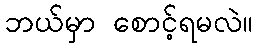
ဘယ်မှာ စောင့်ရမလဲ။